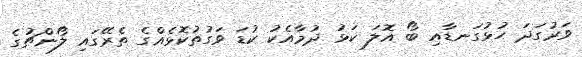
ވަރުގަދަ ހުޅުގަނޑާއި ބޯ އޮލަ ކަޅު ދުމާއެކު ކުޑަ ވަގުތުކޮޅެއްގެ ތެރޭގައި ލޯންޗުގެ